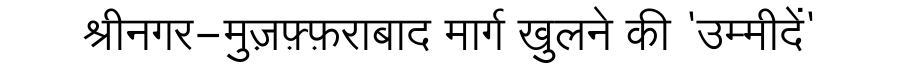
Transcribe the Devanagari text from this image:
श्रीनगर-मुज़फ़्फ़राबाद मार्ग खुलने की 'उम्मीदें'